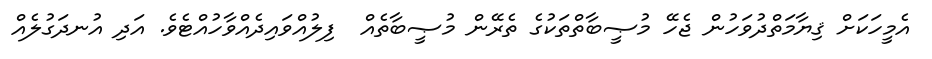
އެމީހަކަށް ޤިޔާމަތްދުވަހުން ޖެހޭ މުޞީބާތްތަކުގެ ތެރޭން މުޞީބާތެއް  ފިލުއްވައިދެއްވާހުއްޓެވެ. އަދި އުނދަގުލެއް